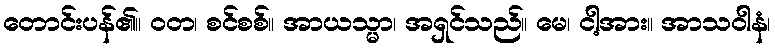
တောင်းပန်၏။ ဝတ၊ စင်စစ်။ အာယသ္မာ၊ အရှင်သည်။ မေ၊ ငါ့အား။ အာသဝါနံ၊